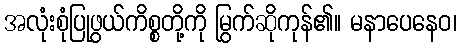
အလုံးစုံပြုဖွယ်ကိစ္စတို့ကို မြွက်ဆိုကုန်၏။ မနာပေနေဝ၊